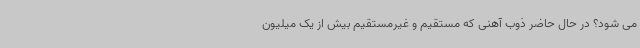
می شود؟ در حال حاضر ذوب آهنی که مستقیم و غیرمستقیم بیش از یک میلیون